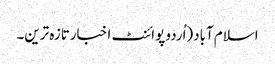
اسلام آباد(اُردو پوائنٹ اخبارتازہ ترین۔